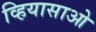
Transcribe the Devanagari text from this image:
व्हियासाओ